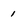
Character: 1